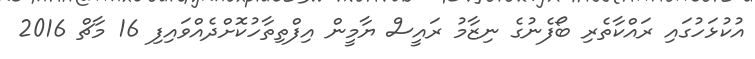
އުކުޅަހުގައި ރައްކާތެރި ބޯފެނުގެ ނިޒާމު ރައީސް ޔާމީން އިފްތިތާހުކޮށްދެއްވައިފި 16 މާޗް 2016